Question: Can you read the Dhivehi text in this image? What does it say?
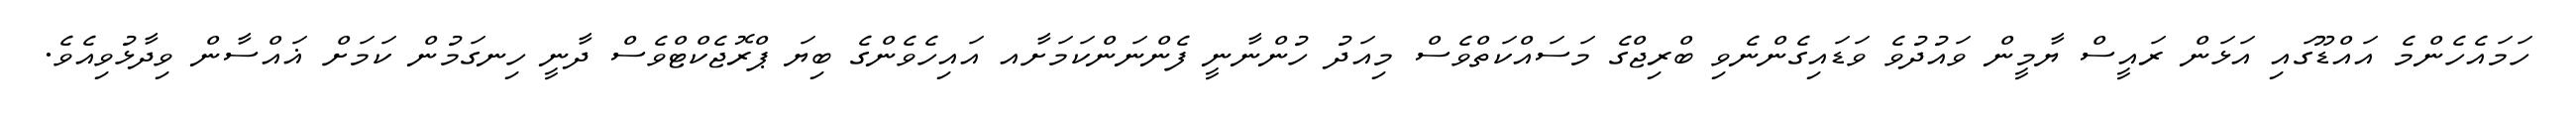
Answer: ހަމައެހެންމެ އައްޑޫގައި އަޅަން ރައީސް ޔާމީން ވައުދުވެ ވަޑައިގެންނެވި ބްރިޖްގެ މަސައްކަތްވެސް މިއަދު ހުންނާނީ ފެންނަންކަމަށާއ އައިހެވެންގެ ބިޔަ ޕްރޮޖެކްޓްވެސް ދާނީ ހިނގަމުން ކަމަށް ޣައްސާން ވިދާޅުވިއެވެ.